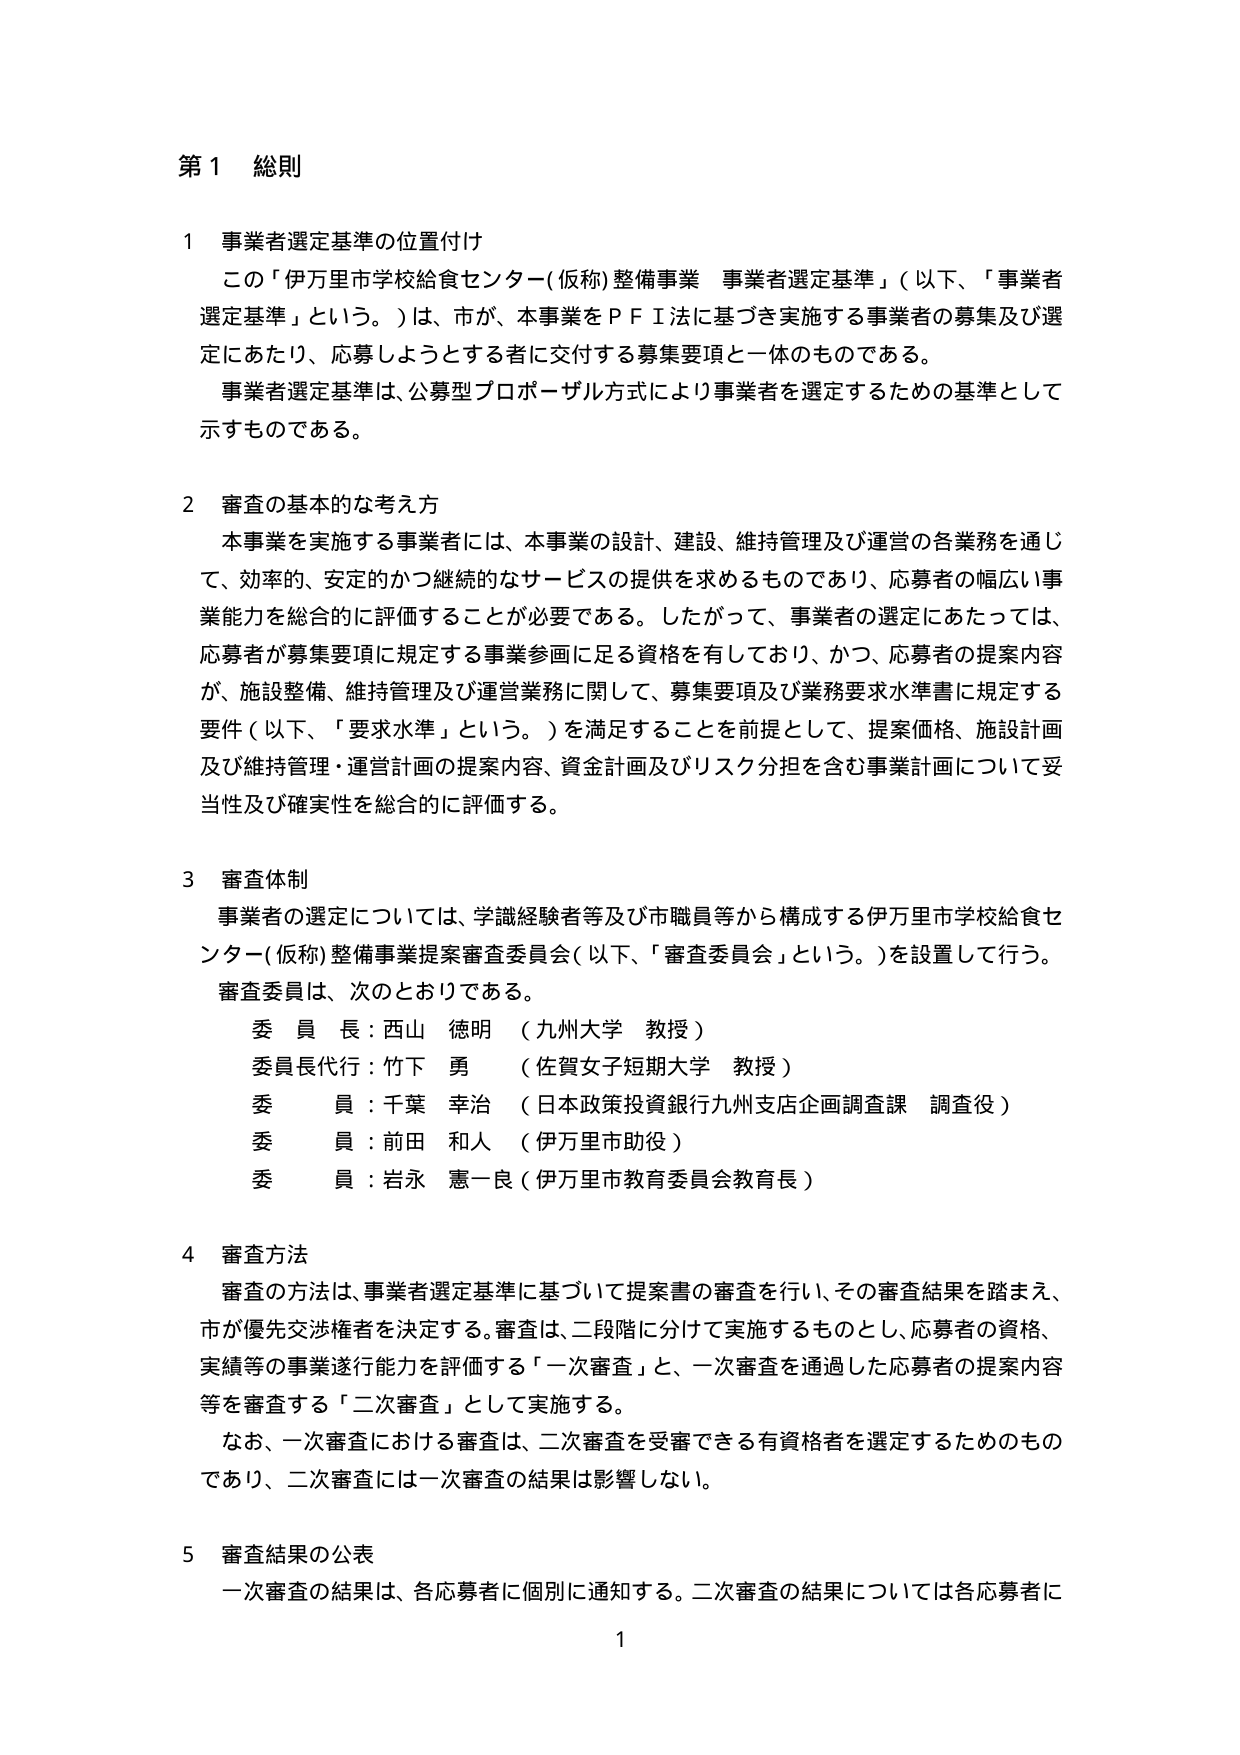
第１ 総則

１ 事業者選定基準の位置付け
この「伊万里市学校給食センター（仮称）整備事業 事業者選定基準」（以下、「事業者選定基準」という。）は、市が、本事業をＰＦＩ法に基づき実施する事業者の募集及び選定にあたり、応募しようとする者に交付する募集要項と一体のものである。
事業者選定基準は、公募型プロポーザル方式により事業者を選定するための基準として示すものである。

２ 審査の基本的な考え方
本事業を実施する事業者には、本事業の設計、建設、維持管理及び運営の各業務を通じて、効率的、安定的かつ継続的なサービスの提供を求めるものであり、応募者の幅広い事業能力を総合的に評価することが必要である。したがって、事業者の選定にあたっては、応募者が募集要項に規定する事業参画に足る資格を有しており、かつ、応募者の提案内容が、施設整備、維持管理及び運営業務に関して、募集要項及び業務要求水準書に規定する要件（以下、「要求水準」という。）を満足することを前提として、提案価格、施設計画及び維持管理・運営計画の提案内容、資金計画及びリスク分担を含む事業計画について妥当性及び確実性を総合的に評価する。

３ 審査体制
事業者の選定については、学識経験者等及び市職員等から構成する伊万里市学校給食センター（仮称）整備事業提案審査委員会（以下、「審査委員会」という。）を設置して行う。
審査委員は、次のとおりである。
　委員長：西山 徳明 （九州大学 教授）
　委員長代行：竹下 勇 （佐賀女子短期大学 教授）
　委員：千葉 幸治 （日本政策投資銀行九州支店企画調査課 調査役）
　委員：前田 和人 （伊万里市助役）
　委員：岩永 恵一良（伊万里市教育委員会教育長）

４ 審査方法
審査の方法は、事業者選定基準に基づいて提案書の審査を行い、その審査結果を踏まえ、市が優先交渉権者を決定する。審査は、二段階に分けて実施するものとし、応募者の資格、実績等の事業遂行能力を評価する「一次審査」と、一次審査を通過した応募者の提案内容等を審査する「二次審査」として実施する。
なお、一次審査における審査は、二次審査を受審できる有資格者を選定するためのものであり、二次審査には一次審査の結果は影響しない。

５ 審査結果の公表
一次審査の結果は、各応募者に個別に通知する。二次審査の結果については各応募者に

1